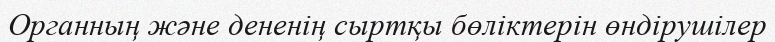
Органның және дененің сыртқы бөліктерін өндірушілер